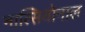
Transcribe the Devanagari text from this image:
नात्सियोनाल